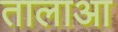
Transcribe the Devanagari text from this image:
तालाआ